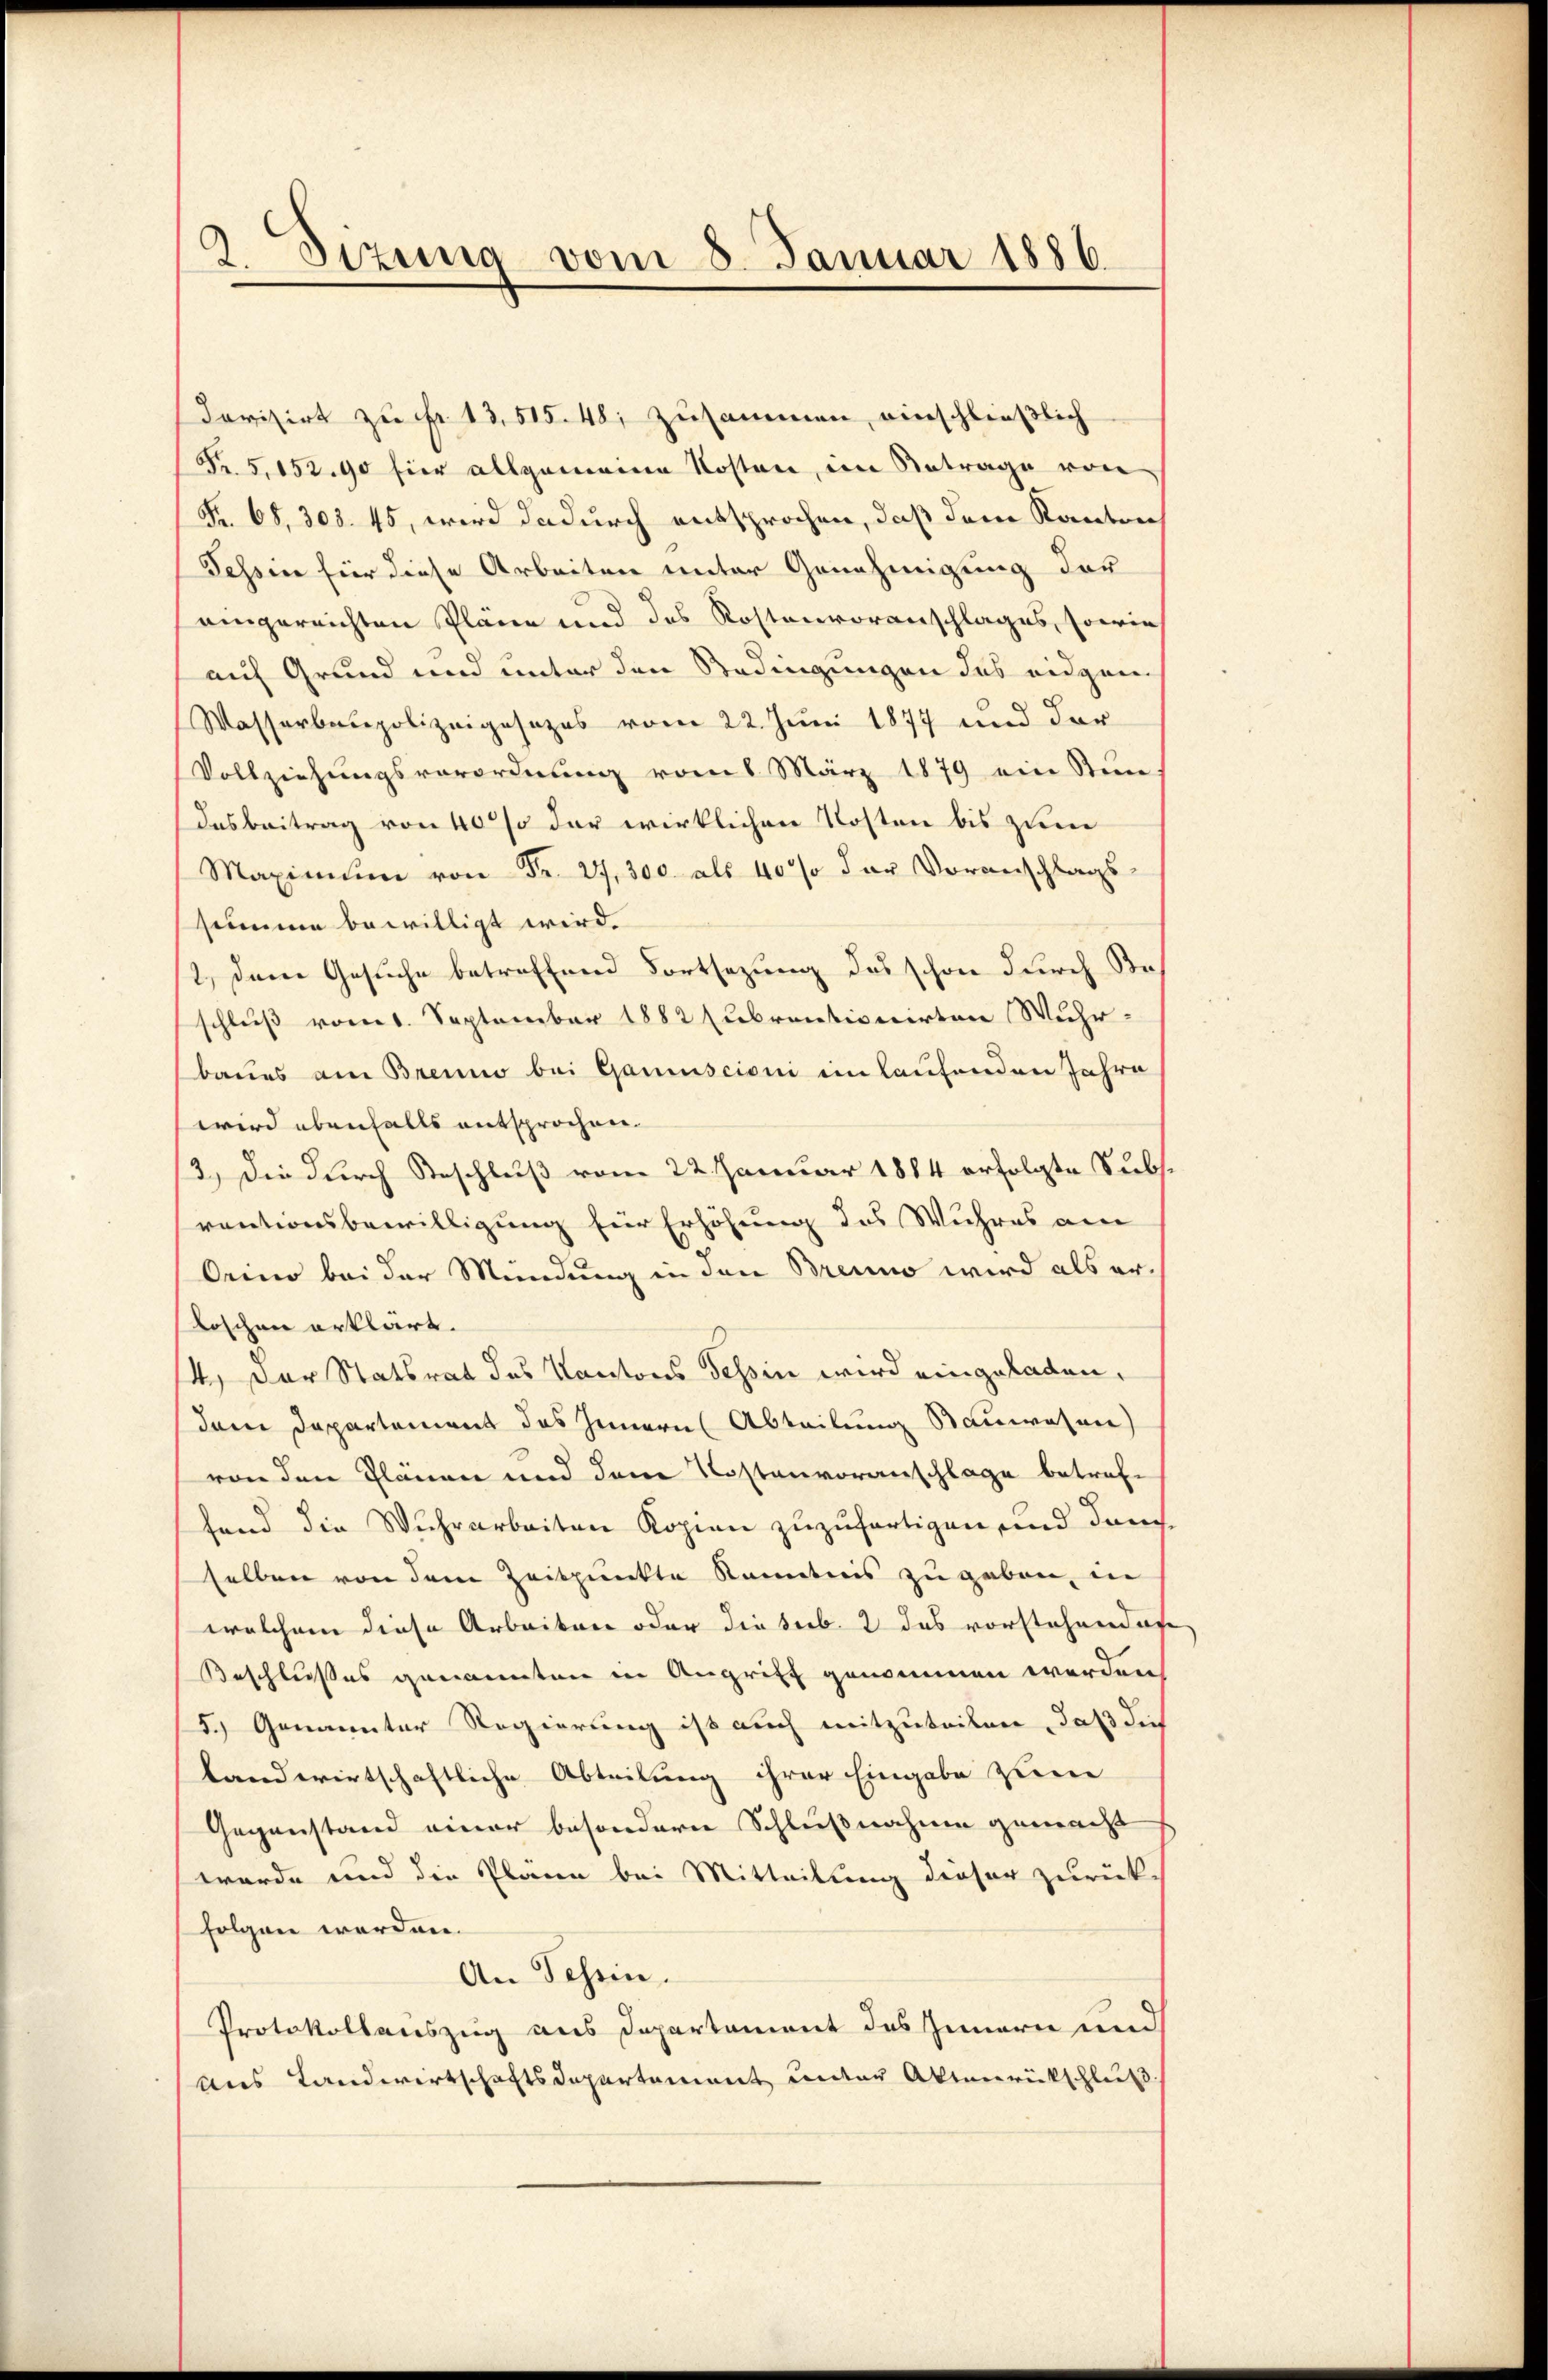
2. Sizung vom 8. Januar 1886.

Devisirt zu Fr. 13515. 48, zusammen, einschließlich
R. 5. 15290 für allgemeine Kosten, im Betrage von
Fr. 68, 303. 45, wird dadurch entsprochen, daß dem Kanton
Tessin für diese Arbeiten unter Genehmigung der
eingereichten Pläne und des Rostenvoranschlages, sowie
auf Grund und unter den Redingungen des eidgen
Wasserbaupolizeigesezes vom 22. Juni 1877 und der
Vollziehungsverordnung vom 6. März 1879 ein Steine
Dasbeitrag von 40% der wirklichen Kosten bis zum
Maximum von Fr. 27,300. als 40% der Voranschlags
summe bewilligt wird.
2.) Dem Gesuche betreffend Fortsezung des schon durch Beschluß vom 1. September 1882 subrentionirten Wuhr-
baues am Brenno bei Gaminscioni im laufenden Jahre
wird ebenfalls entsprochen.
3.) Die durch Beschluß vom 22. Januar 1884 erfolgte Subs
rectionsbewilligung für Erhöhung des Wuhres am
Orino bei der Mündung in den Brenno wird als er¬
Koschen erklärt.
4.) Der Statsrat des Kantons Tessin wird eingeladen,
dem Departement des Innern Abteilung Bauwesen)
von den Plänen und den Kostenvoranschlage betrefhend die Wuhrarbeiten Kopien zuzufertigen, und danch
selben von dem Zeitpunkte Kenntnis zu geben, in
welchem diese Arbeiten oder die sub. 2 das vorstehendase
Beschlußes genannten in Angriff genommen werden
5.) Genannter Regierung ist auch mitzuteilen, daß die
landwirtschaftliche Abteilung ihrer Eingabe zum
Gegenstand einer besondern Schlußnahme gemacht
werde und die Planen bei Mitteilung dieser zurück-
folgen werden.
An Schein.
Protokollenszug aus Departement des Innern und
aus Landwirtschaftsdepartement unter Aktenrückschluß